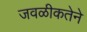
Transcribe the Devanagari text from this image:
जवळीकतेने